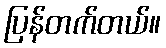
ပြန်တက်တယ်။